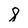
Character: 8